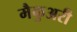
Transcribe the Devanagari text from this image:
मैकुअरी